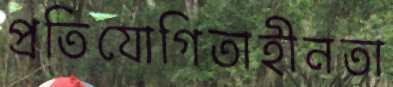
প্রতিযোগিতাহীনতা